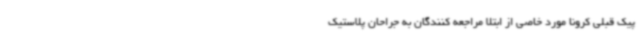
پیک قبلی کرونا مورد خاصی از ابتلا مراجعه کنندگان به جراحان پلاستیک